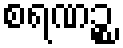
စရဏဉ္စ